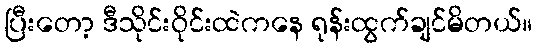
ပြီးတော့ ဒီသိုင်းဝိုင်းထဲကနေ ရုန်းထွက်ချင်မိတယ်။